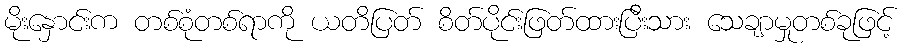
မိုးနှောင်းက တစ်စုံတစ်ရာကို ယတိပြတ် စိတ်ပိုင်းဖြတ်ထားပြီးသား သေချာမှုတစ်ခုဖြင့်